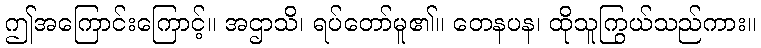
ဤအကြောင်းကြောင့်။ အဌာသိ၊ ရပ်တော်မူ၏။ တေနပန၊ ထိုသူကြွယ်သည်ကား။